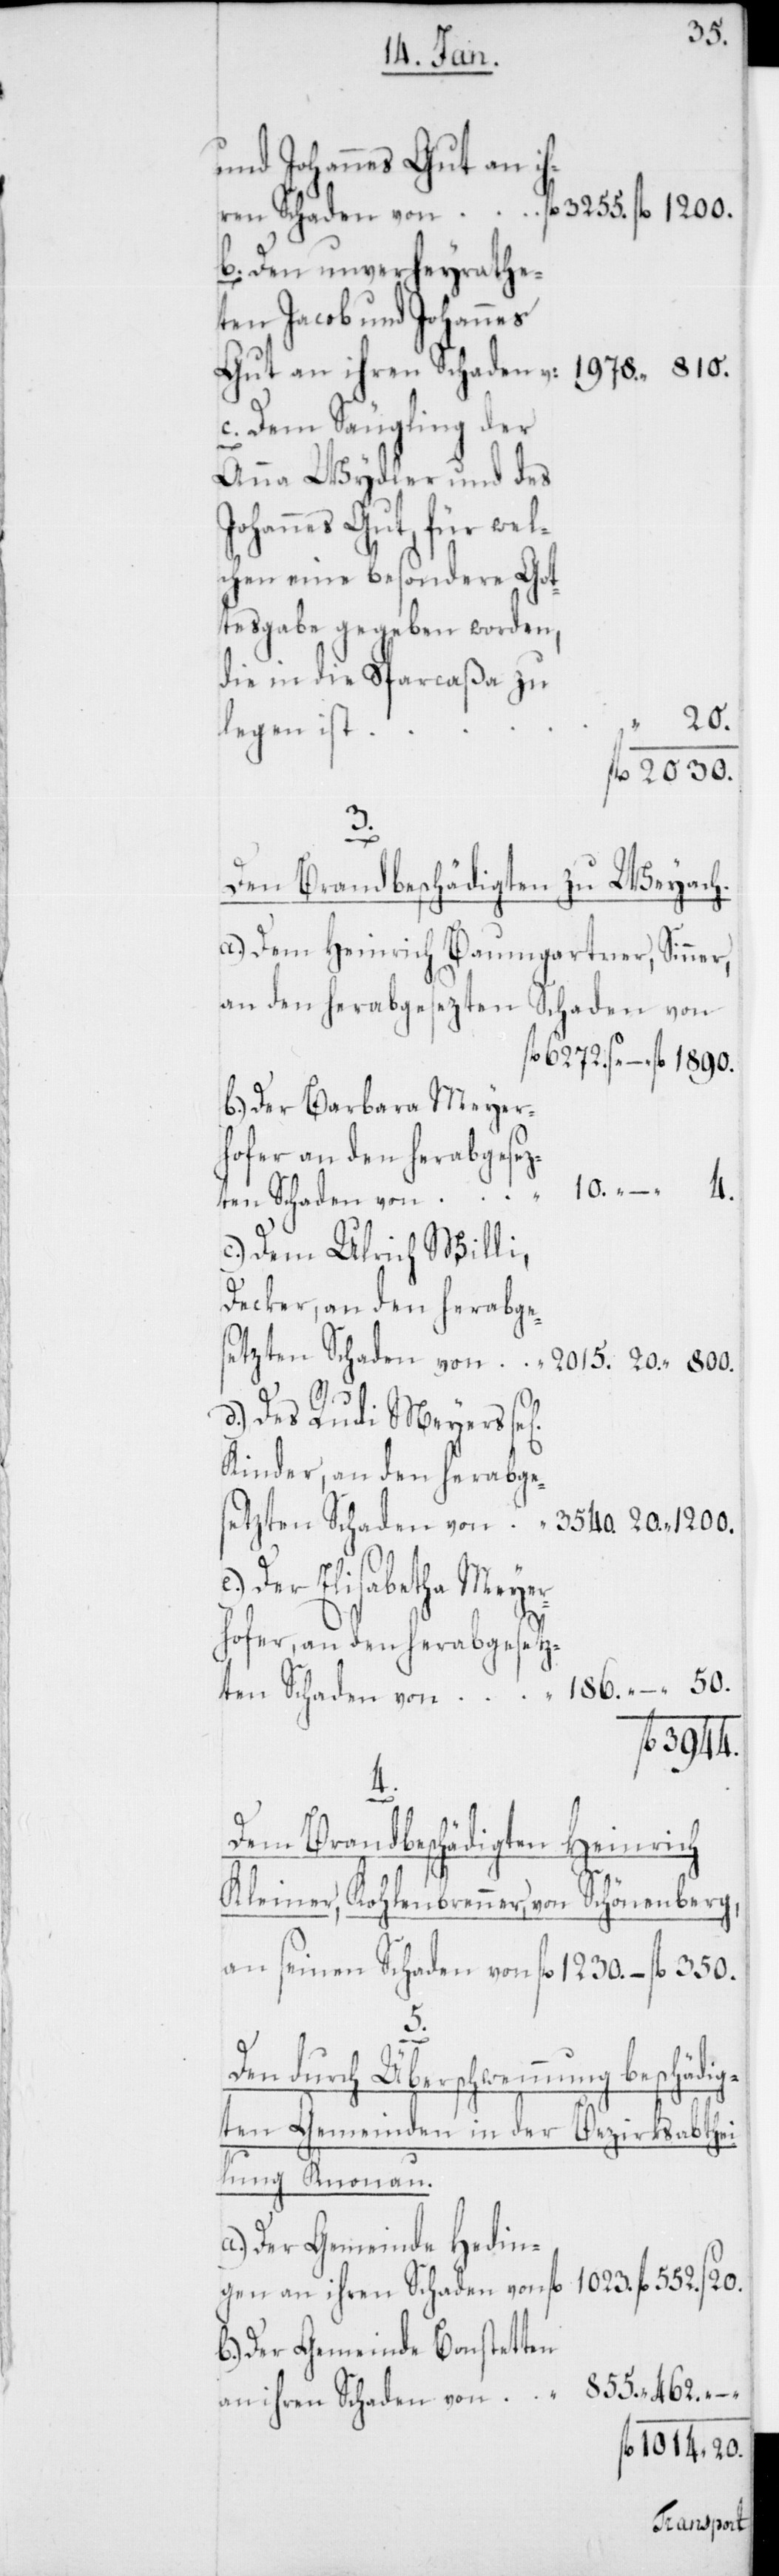
855.
und Johannes Gut an ih¬
ten Schaden von
Den unverhyrath¬
en Jacob und Johannes
Dem Säugling der
Anna Wydler und des
Johannes Gut, für wel¬
chen eine besondere Got¬
tesgabe gegeben worden,
die in die Sparcaßa zu
20.
legen ist
5.
Den Brandbeschädigten zu Weyach.
Dem Heinrich Baumgartner, Sinner,
an den herabgesetzten Schaden von
Der Barbara Meyer¬
hofer an den herabgesez¬
Des Rudi Meyers
Der Elisabetha Meyer¬
hofer, an den herabgesetz¬
3944.
–
Dem brandbeschädigten Heinrich
Kleiner, Kohlenbrenner, von Schönenberg,
an seinen Schaden von fl. 1230. – fl. 350.
Den durch Überschwemmung beschädig¬
ten Gemeinden in der Bezirksabthei¬
lung Knonau.
Der Gemeinde heding¬
Der Gemeinde Bonstetten
an ihren Schaden von
1014. 20.
Kinder,